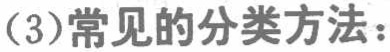
(3)常见的分类方法：